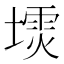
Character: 𪤙